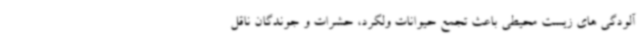
آلودگی های زیست محیطی باعث تجمع حیوانات ولگرد، حشرات و جوندگان ناقل